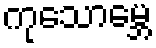
ကုသောမ္ဘေ